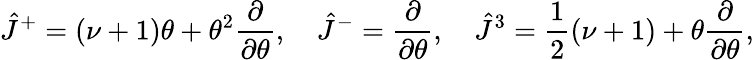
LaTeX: \hat{J}^{+}=(\nu+1)\theta+\theta^{2}\frac{\partial}{\partial\theta},\quad\hat{J}^{-}=\frac{\partial}{\partial\theta},\quad\hat{J}^{3}=\frac{1}{2}(\nu+1)+\theta\frac{\partial}{\partial\theta},